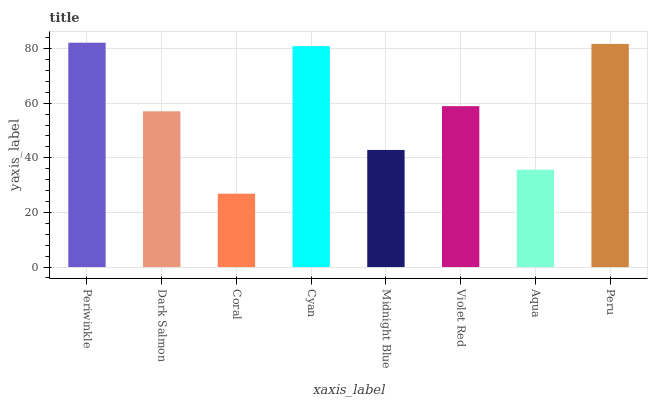
| xaxis_label | bars |
 | --- | --- |
 | Periwinkle | 82.1 |
 | Dark Salmon | 57 |
 | Coral | 26.9 |
 | Cyan | 80.9 |
 | Midnight Blue | 42.9 |
 | Violet Red | 58.9 |
 | Aqua | 35.6 |
 | Peru | 81.7 |